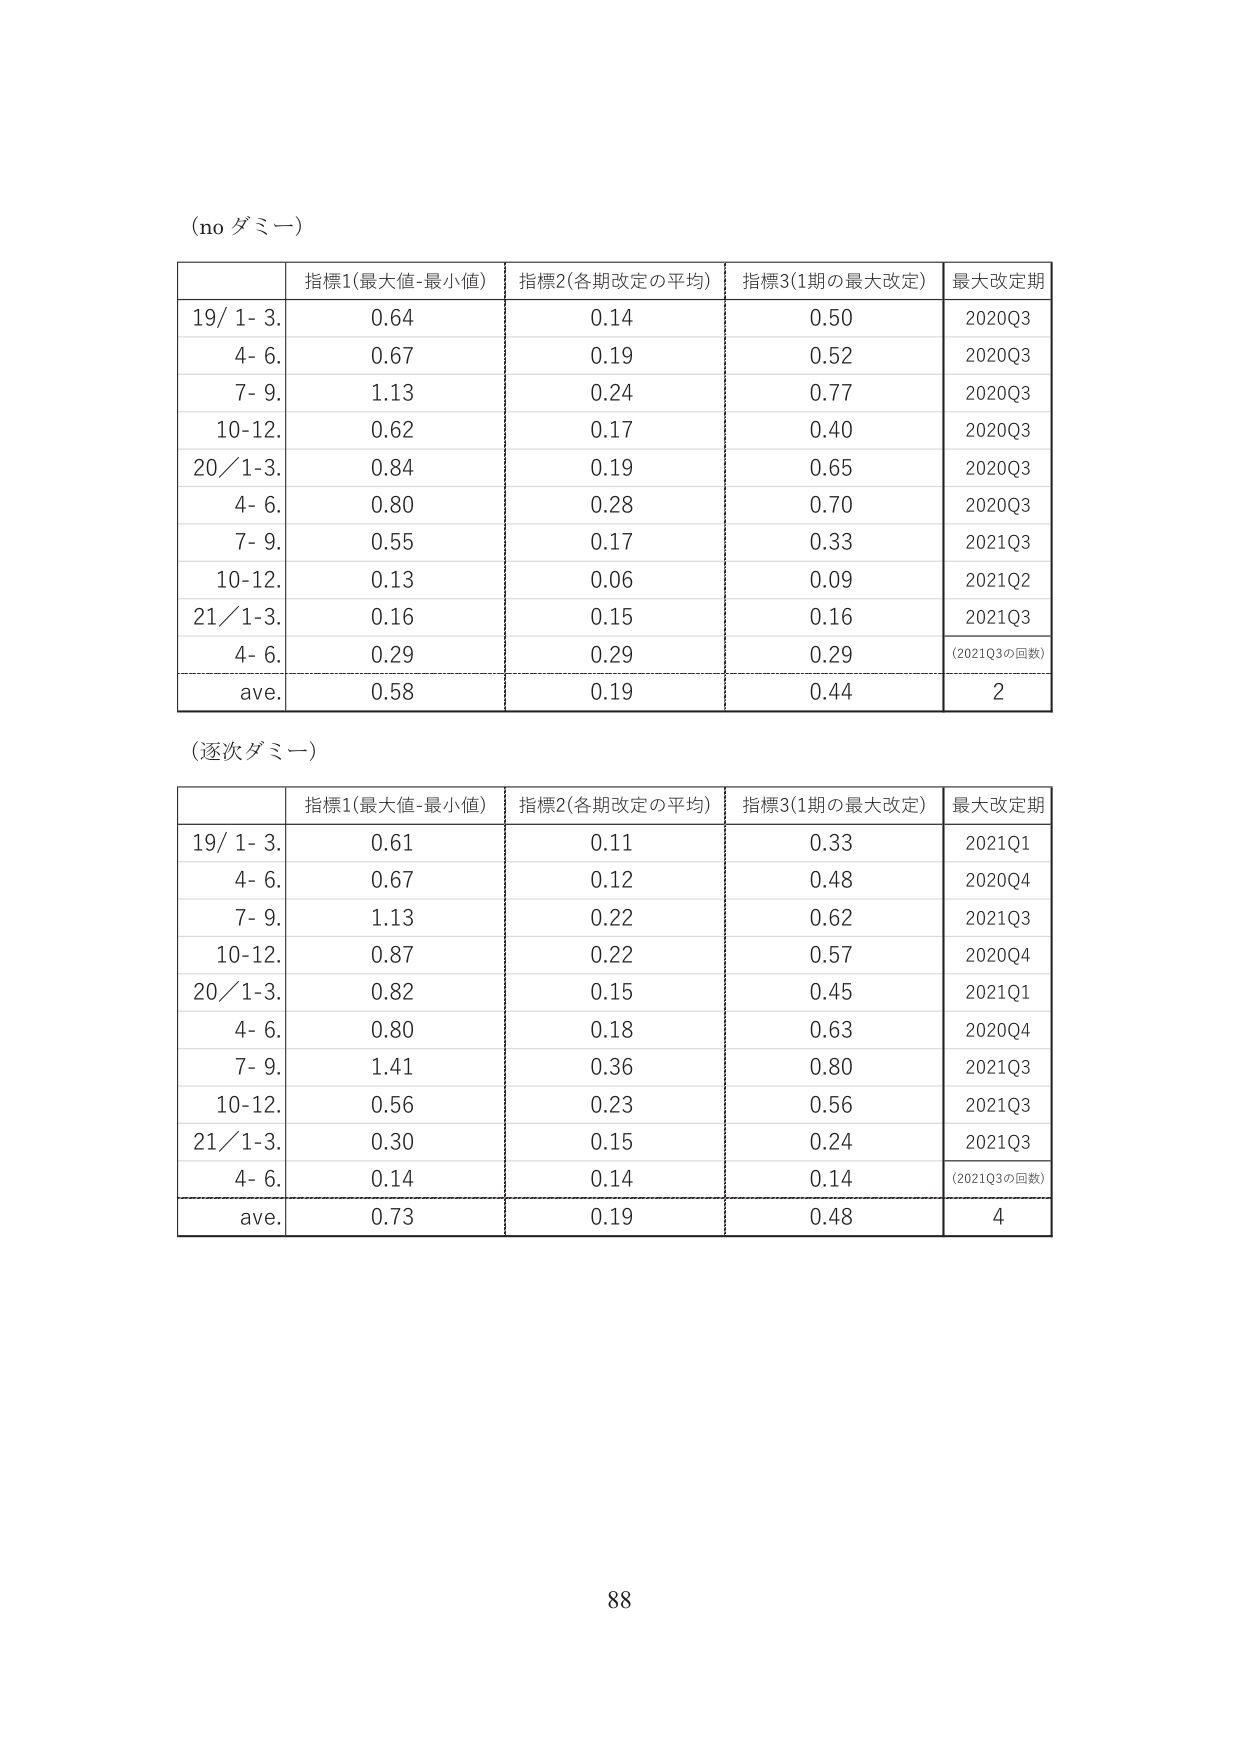
(no ダミー)

| | 指標1(最大値-最小値) | 指標2(各期改定の平均) | 指標3(1期の最大改定) | 最大改定期 |
|---|---|---|---|---|
| 19/ 1- 3. | 0.64 | 0.14 | 0.50 | 2020Q3 |
| 4- 6. | 0.67 | 0.19 | 0.52 | 2020Q3 |
| 7- 9. | 1.13 | 0.24 | 0.77 | 2020Q3 |
| 10-12. | 0.62 | 0.17 | 0.40 | 2020Q3 |
| 20/ 1-3. | 0.84 | 0.19 | 0.65 | 2020Q3 |
| 4- 6. | 0.80 | 0.28 | 0.70 | 2020Q3 |
| 7- 9. | 0.55 | 0.17 | 0.33 | 2021Q3 |
| 10-12. | 0.13 | 0.06 | 0.09 | 2021Q2 |
| 21/ 1-3. | 0.16 | 0.15 | 0.16 | 2021Q3 |
| 4- 6. | 0.29 | 0.29 | 0.29 | (2021Q3の回数) |
| ave. | 0.58 | 0.19 | 0.44 | 2 |

(逐次ダミー)

| | 指標1(最大値-最小値) | 指標2(各期改定の平均) | 指標3(1期の最大改定) | 最大改定期 |
|---|---|---|---|---|
| 19/ 1- 3. | 0.61 | 0.11 | 0.33 | 2021Q1 |
| 4- 6. | 0.67 | 0.12 | 0.48 | 2020Q4 |
| 7- 9. | 1.13 | 0.22 | 0.62 | 2021Q3 |
| 10-12. | 0.87 | 0.22 | 0.57 | 2020Q4 |
| 20/ 1-3. | 0.82 | 0.15 | 0.45 | 2021Q1 |
| 4- 6. | 0.80 | 0.18 | 0.63 | 2020Q4 |
| 7- 9. | 1.41 | 0.36 | 0.80 | 2021Q3 |
| 10-12. | 0.56 | 0.23 | 0.56 | 2021Q3 |
| 21/ 1-3. | 0.30 | 0.15 | 0.24 | 2021Q3 |
| 4- 6. | 0.14 | 0.14 | 0.14 | (2021Q3の回数) |
| ave. | 0.73 | 0.19 | 0.48 | 4 |

88